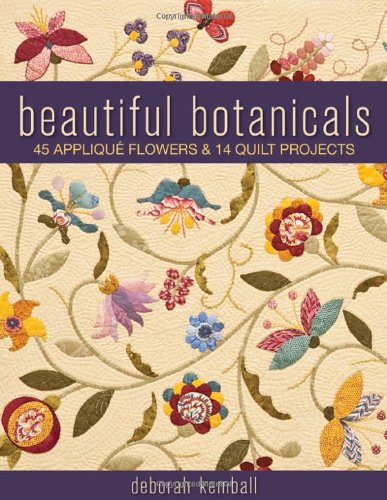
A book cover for Beautiful Botanicals: 45 Applique Flowers & 14 Quilt Projects; Deborah Kemball; Crafts, Hobbies & Home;